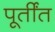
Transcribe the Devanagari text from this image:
पूर्तींत